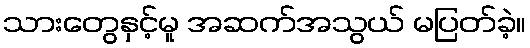
သားတွေနှင့်မူ အဆက်အသွယ် မပြတ်ခဲ့။